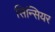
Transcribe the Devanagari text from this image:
सिन्सियर